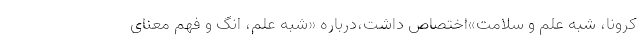
کرونا، شبه علم و سلامت»اختصاص داشت،درباره «شبه علم، انگ و فهم معنای